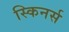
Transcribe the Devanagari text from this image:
स्किनर्स